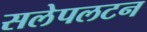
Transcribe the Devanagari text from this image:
सलेपलटन